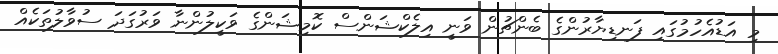
މި އަޑުއެހުމުގައި ފަނޑިޔާރުންގެ ބެންޗުން ވަނީ އިލެކްޝަންސް ކޮމިޝަންގެ ވަކީލުންނާ ވަރުގަދަ ސުވާލުތަކެއް